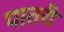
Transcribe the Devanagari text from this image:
पातरी